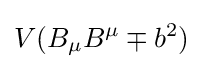
V(B_{\mu }B^{\mu }\mp b^{2})